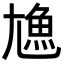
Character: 𩵛